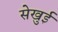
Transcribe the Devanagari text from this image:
सेखुई